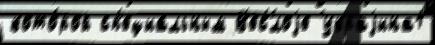
кото́рой сп'ециа́льным В'ес'́лоjе Украjина1